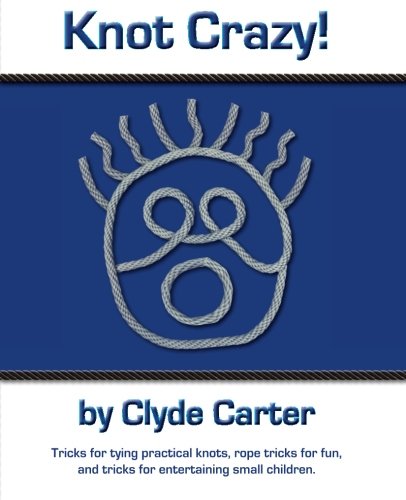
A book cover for Knot Crazy: Tricks for tying practical knots, rope tricks for fun, and tricks for entertaining small children.; Clyde Carter; Crafts, Hobbies & Home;